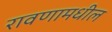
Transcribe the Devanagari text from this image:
रावणामधील